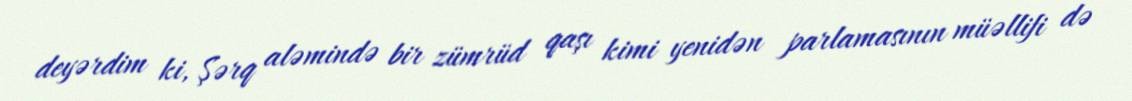
deyərdim ki, Şərq aləmində bir zümrüd qaşı kimi yenidən parlamasının müəllifi də